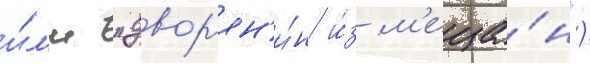
и́л'и "двор'ян'и́н и́з м'еща́н")